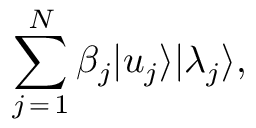
\sum _ { j \mathop { = } 1 } ^ { N } \beta _ { j } | u _ { j } \rangle | \lambda _ { j } \rangle ,